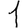
Digit: 1